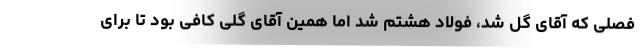
فصلی که آقای گل شد، فولاد هشتم شد اما همین آقای گلی کافی بود تا برای